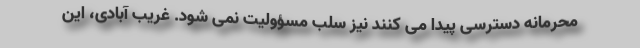
محرمانه دسترسی پیدا می کنند نیز سلب مسؤولیت نمی شود. غریب آبادی، این